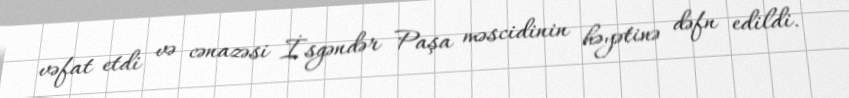
vəfat etdi və cənazəsi İsgəndər Paşa məscidinin həyətinə dəfn edildi.